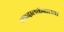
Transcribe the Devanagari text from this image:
ग्वादालकॅनालवर